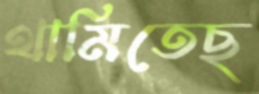
থামিতেছ